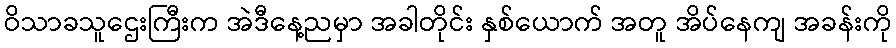
ဝိသာခသူဌေးကြီးက အဲဒီနေ့ညမှာ အခါတိုင်း နှစ်ယောက် အတူ အိပ်နေကျ အခန်းကို